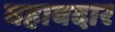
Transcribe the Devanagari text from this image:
बहावदार